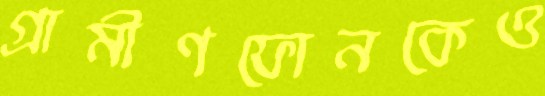
গ্রামীণফোনকেও